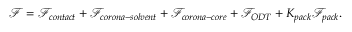
\mathcal { F } = \mathcal { F } _ { c o n t a c t } + \mathcal { F } _ { c o r o n a - s o l v e n t } + \mathcal { F } _ { c o r o n a - c o r e } + \mathcal { F } _ { O D T } + K _ { p a c k } \mathcal { F } _ { p a c k } .